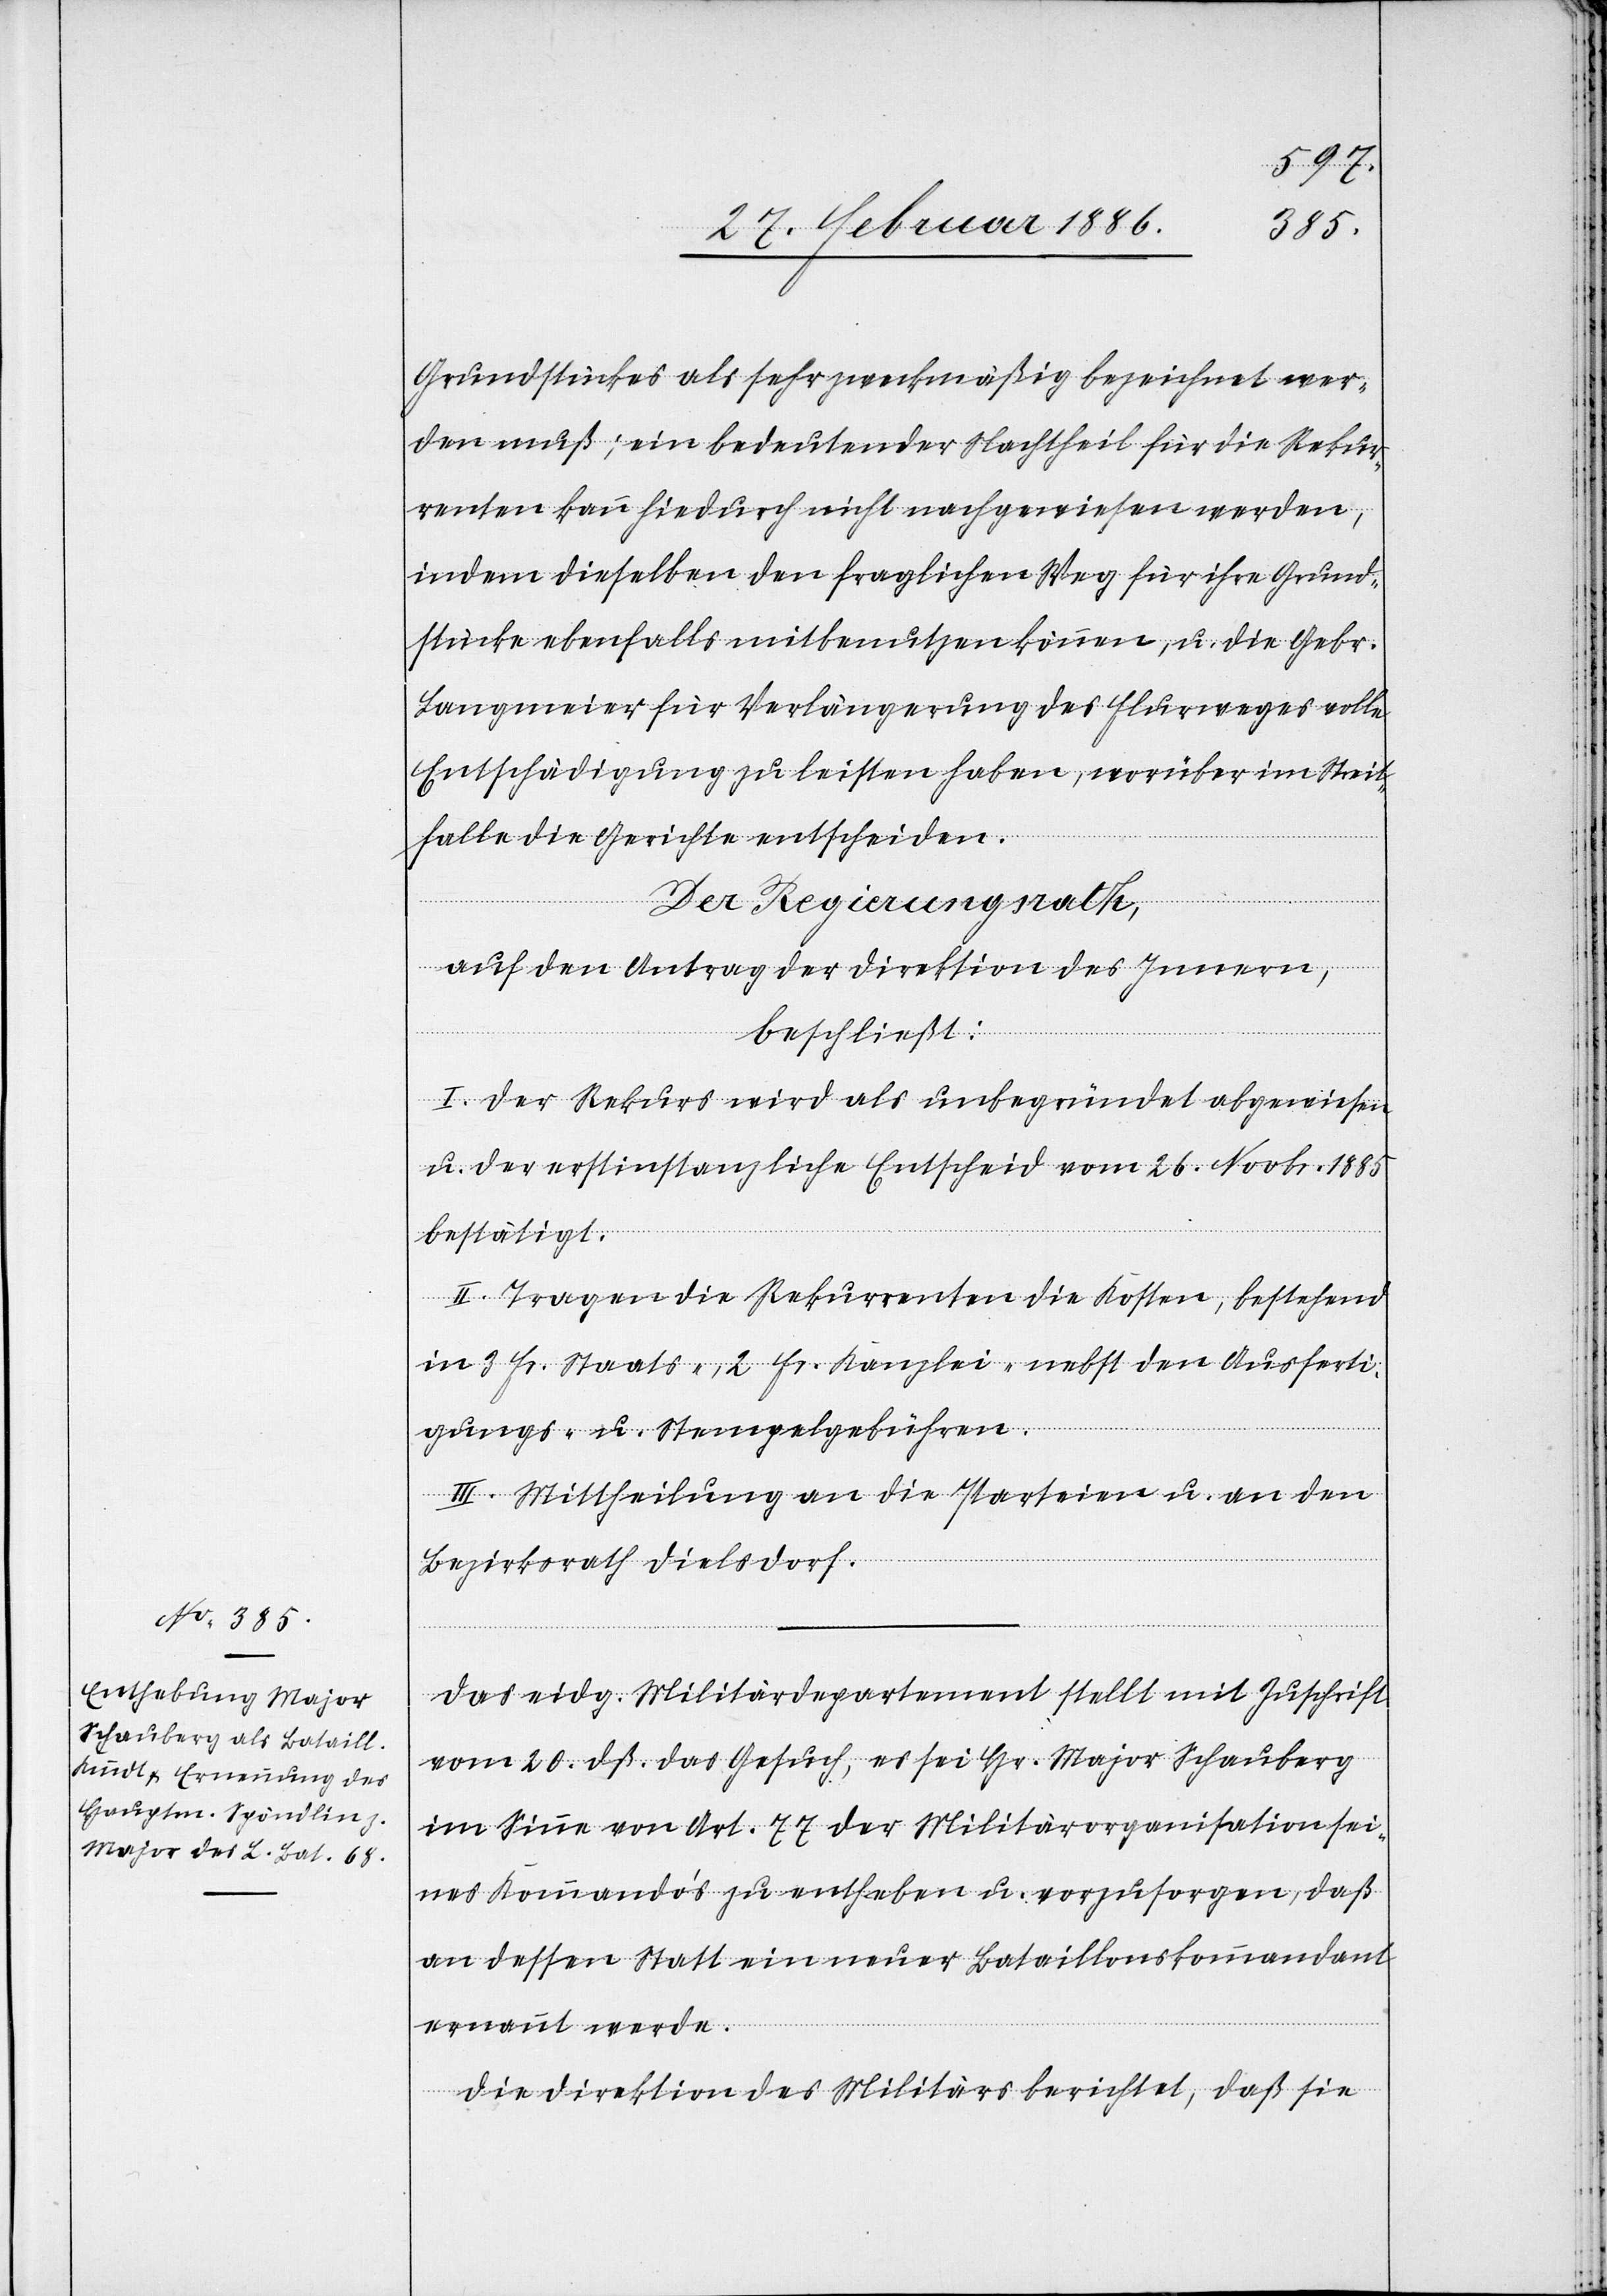
Grundstückes als sehr zweckmäßig bezeichnet wer¬
den muß; ein bedeutender Nachtheil für die Rekur¬
renten kann hiedurch nicht nachgewiesen werden,
indem dieselben den fraglichen Weg für ihre Grund¬
stücke ebenfalls mitbenutzen können, u. die Gebr.
Langemeier für Verlängerung des Flurweges volle
Entschädigung zu leisten haben, worüber im Streit¬
falle die Gerichte entscheiden.
Der Regierungsrath,
auf den Antrag der Direktion des Innern,
beschließt:
I. Der Rekurs wird als unbegründet abgewiesen
u. der erstinstanzliche Entscheid vom 26. Novbr. 1885
bestätigt.
II. Tragen die Rekurrenten die Kosten, bestehend
in 3 Fr. Staats-, 2 Fr. Kanzlei- nebst den Ausferti¬
gungs- u. Stempelgebühren.
III. Mittheilung an die Parteien u. an den
Bezirksrath Dielsdorf.
Das eidg. Militärdepartement stellt mit Zuschrift
vom 9. dß. das Gesuch, es sei Hr. Major Schauberg
im Sinne von Art. 77 der Militärorganisation sei¬
nes Kommando’s zu entheben u. vorzusorgen, daß
an dessen statt ein neuer Bataillonskommandant
ernannt werde.
Die Direktion des Militärs berichtet, daß sie